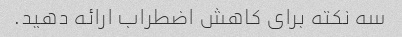
سه نکته برای کاهش اضطراب ارائه دهید.